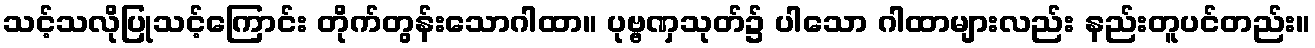
သင့်သလိုပြုသင့်ကြောင်း တိုက်တွန်းသောဂါထာ။ ပုဗ္ဗဏှသုတ်၌ ပါသော ဂါထာများလည်း နည်းတူပင်တည်း။